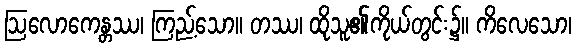
ဩလောကေန္တဿ၊ ကြည့်သော။ တဿ၊ ထိုသူ၏ကိုယ်တွင်း၌။ ကိလေသော၊